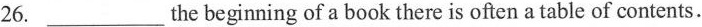
26. ___ the beginning of a book there is often a table of contents.